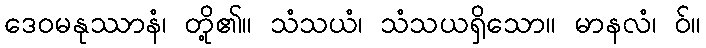
ဒေဝမနုဿာနံ၊ တို့၏။ သံသယံ၊ သံသယရှိသော။ မာနလံ၊ ဝ်။